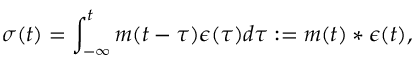
\sigma ( t ) = \int _ { - \infty } ^ { t } m ( t - \tau ) \epsilon ( \tau ) d \tau : = m ( t ) * \epsilon ( t ) ,